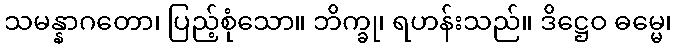
သမန္နာဂတော၊ ပြည့်စုံသော။ ဘိက္ခု၊ ရဟန်းသည်။ ဒိဋ္ဌေဝ ဓမ္မေ၊